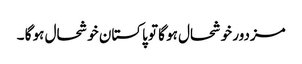
مزدور خوشحال ہو گا تو پاکستان خوشحال ہو گا ۔